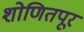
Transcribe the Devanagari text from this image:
शोणितपूर